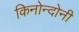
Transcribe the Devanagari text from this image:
किनोन्दोनी